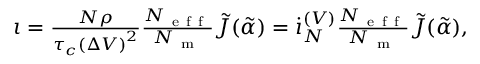
\begin{array} { r } { \iota = \frac { N \rho } { \tau _ { c } \left( \Delta V \right) ^ { 2 } } \frac { N _ { \mathrm { ~ e ~ f ~ f ~ } } } { N _ { \mathrm { ~ m ~ } } } \tilde { J } ( \tilde { \alpha } ) = \dot { \i } _ { N } ^ { ( V ) } \frac { N _ { \mathrm { ~ e ~ f ~ f ~ } } } { N _ { \mathrm { ~ m ~ } } } \tilde { J } ( \tilde { \alpha } ) , } \end{array}